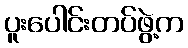
ပူးပေါင်းတပ်ဖွဲ့က